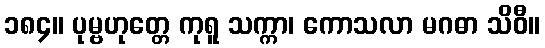
၁၈၄။ ပုမ္ဗဟုတ္တေ ကုရူ သက္ကာ၊ ကောသလာ မဂဓာ သိဝီ။